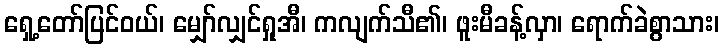
ရှေ့တော်ပြင်ဝယ်၊ မျှော်လျှင်ရှုအီ၊ ကလျက်သီ၏၊ ဖူးမီခန့်လှာ၊ ရောက်ခဲစွာသား၊